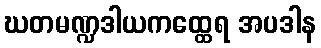
ဃတမဏ္ဍဒါယကထ္ထေရ အပဒါန